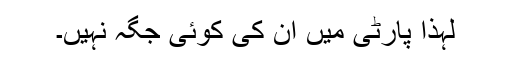
لہٰذا پارٹی میں ان کی کوئی جگہ نہیں۔